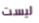
ليست